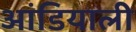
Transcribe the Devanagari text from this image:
आंडियाली